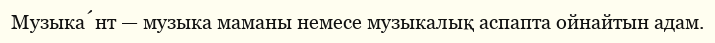
Музыка́нт — музыка маманы немесе музыкалық аспапта ойнайтын адам.